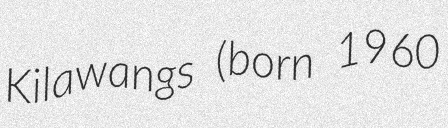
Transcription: Kilawangs (born 1960